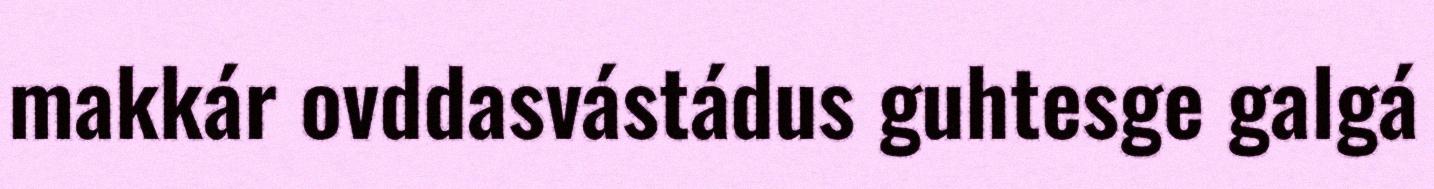
makkár ovddasvástádus guhtesge galgá